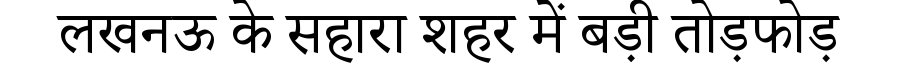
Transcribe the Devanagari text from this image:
लखनऊ के सहारा शहर में बड़ी तोड़फोड़